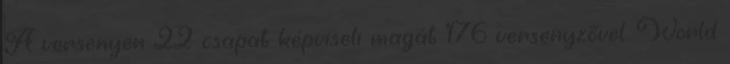
A versenyen 22 csapat képviseli magát 176 versenyzővel. World